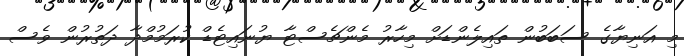
މި އަނިޔާގެ ސަބަބުން ތައިލެންޑަށް މިހާރު މެންޗެސްޓާ ޔުނައިޓެޑް ކުރަމުމްދާ ދަތުރުން ވެސް